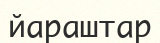
йараштар